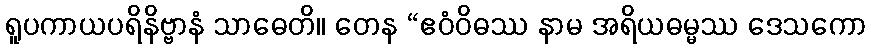
ရူပကာယပရိနိဗ္ဗာနံ သာဓေတိ။ တေန “ဧဝံဝိဓဿ နာမ အရိယဓမ္မဿ ဒေသကော